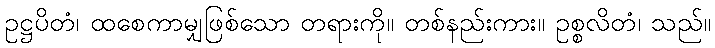
ဥဋ္ဌပိတံ၊ ထစေကာမျှဖြစ်သော တရားကို။ တစ်နည်းကား။ ဥစ္စလိတံ၊ သည်။